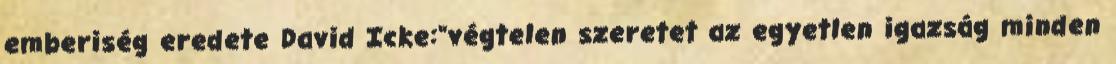
emberiség eredete David Icke:"végtelen szeretet az egyetlen igazság minden